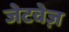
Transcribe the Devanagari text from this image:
जेटवेज़